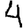
Digit: 4